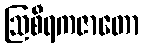
ဩစီရကဇာတော